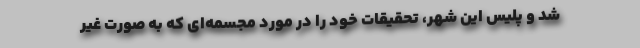
شد و پلیس این شهر، تحقیقات خود را در مورد مجسمه‌ای که به صورت غیر